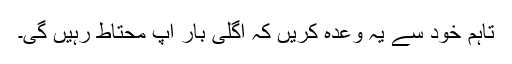
تاہم خود سے یہ وعدہ کریں کہ اگلی بار آپ محتاط رہیں گی۔